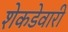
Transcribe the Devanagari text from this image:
शेकडेवारी